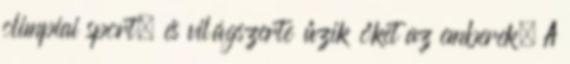
olimpiai sport, és világszerte űzik őket az emberek. A